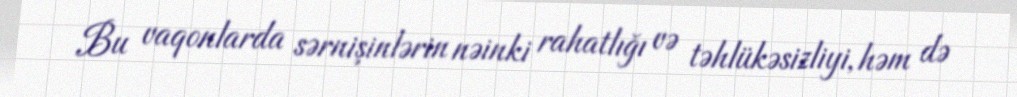
Bu vaqonlarda sərnişinlərin nəinki rahatlığı və təhlükəsizliyi, həm də